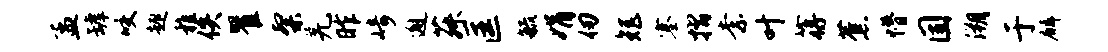
孟罅咬趣稚佚瞿粲羌昨崎邂菽匡毓娟仞矩塞摺柰叶蒋蕉懵固溯于麟